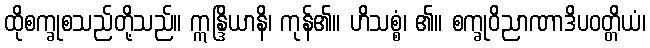
ထိုစက္ခုစသည်တို့သည်။ ဣန္ဒြိယာနိ၊ ကုန်၏။ ဟိသစ္စံ၊ ၏။ စက္ခုဝိညာဏာဒိပဝတ္တိယံ၊